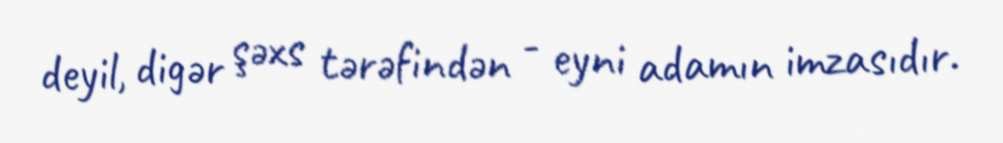
deyil, digər şəxs tərəfindən - eyni adamın imzasıdır.